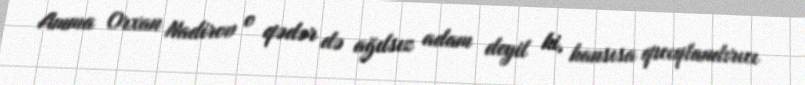
Amma Orxan Nadirov o qədər də ağılsız adam deyil ki, hansısa qıcıqlandırıcı